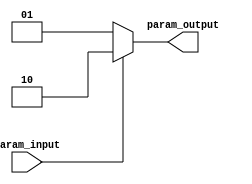
module parameterized_module #(parameter PARAM1=1, PARAM2=0)
(
    input wire [PARAM1-1:0] param_input,
    output reg [PARAM2-1:0] param_output
);

always @ (param_input)
begin
    // Internal logic based on parameter values
    if (param_input == PARAM1)
        param_output = {param_input, 1'b0};
    else
        param_output = {param_input, 1'b1};
end

endmodule